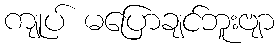
ကျုပ် မပြောချင်ဘူးဗျာ